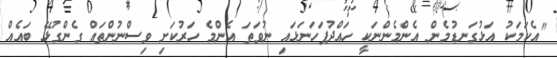
"އެކަމަކު އަޅުގަނޑުމެން އެންމެންނަކީ ހައްދުފަހަނަޅައި ނުވަތަ އެންމެ ހަރުކަށި ވިސްނުންތައް ގެންގުޅޭ ބައެއް